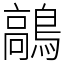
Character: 鶮